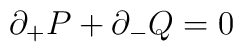
\partial_{+}P+\partial_{-}Q=0